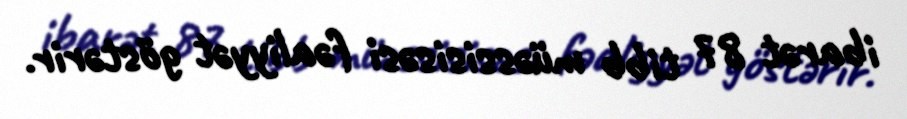
ibarət 87 tibb müəssisisəsi fəaliyyət göstərir.